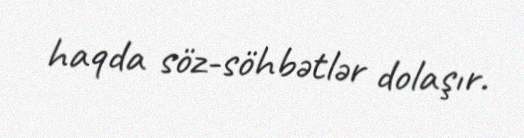
haqda söz-söhbətlər dolaşır.